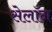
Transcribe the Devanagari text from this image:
सेलॉन